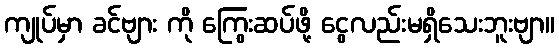
ကျုပ်မှာ ခင်ဗျား ကို ကြွေးဆပ်ဖို့ ငွေလည်းမရှိသေးဘူးဗျာ။